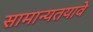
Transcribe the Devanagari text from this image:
सामान्यतयावे